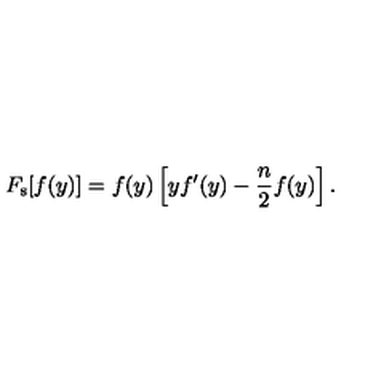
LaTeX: F _ { \mathrm { s } } [ f ( y ) ] = f ( y ) \left[ y f ^ { \prime } ( y ) - \frac { n } { 2 } f ( y ) \right] .